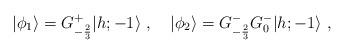
LaTeX: \begin{align*}\vert\phi_1\rangle=G^+_{-{2\over3}}\vert{h;-1}\rangle{}~,{}~{}~{}~\vert\phi_2\rangle =G^-_{-{2\over3}}G^-_0\vert{h;-1}\rangle{}~,\end{align*}